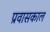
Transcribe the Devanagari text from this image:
प्रवासकाल